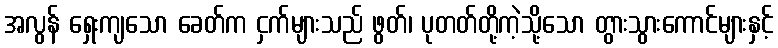
အလွန် ရှေးကျသော ခေတ်က ငှက်များသည် ဖွတ်၊ ပုတတ်တို့ကဲ့သို့သော တွားသွားကောင်များနှင့်